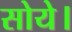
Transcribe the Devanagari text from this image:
सोये।